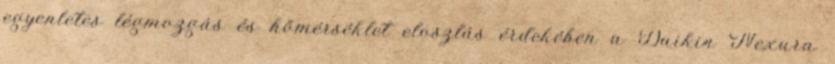
egyenletes légmozgás és hőmérséklet eloszlás érdekében a Daikin Nexura